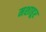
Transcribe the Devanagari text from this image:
मशाहूर